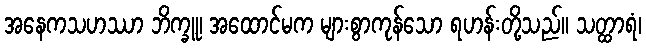
အနေကသဟဿာ ဘိက္ခူ၊ အထောင်မက များစွာကုန်သော ရဟန်းတို့သည်။ သတ္ထာရံ၊